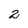
Character: 2